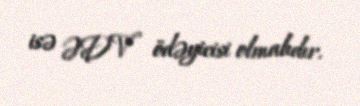
isə ƏDV ödəyicisi olmalıdır.